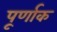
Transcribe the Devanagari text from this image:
पूर्णाक